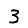
Digit: 3